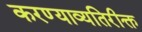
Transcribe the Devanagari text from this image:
करण्याव्यतिरीक्त